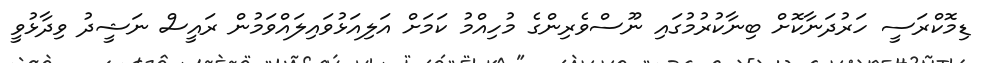
ޑިމޮކްރަސީ ހަރުދަނާކޮށް ބިނާކުރުމުގައި ނޫސްވެރިންގެ މުހިއްމު ކަމަށް އަލިއަޅުވައިލައްވަމުން ރައީސް ނަޝީދު ވިދާޅުވީ